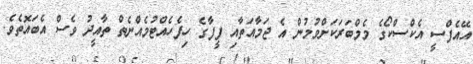
އޭއެފްސީ އެކްސްކޯގެ މެމްބަރަކަށްވުމުން އެ ޖަމާއަތާއި ފީފާގެ ހިފެހެއްޓުމެއްނެތް ތާއީދު ވެސް އެބައޮތެވެ.